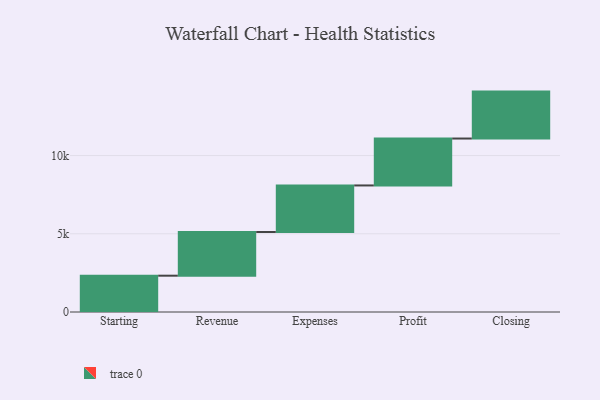
{"axis": {"x": "Step", "y": "Value"}, "legend": [""], "data": [{"x": "Starting", "y": 2321.0, "type": ""}, {"x": "Revenue", "y": 2793.0, "type": ""}, {"x": "Expenses", "y": 2976.0, "type": ""}, {"x": "Profit", "y": 3000, "type": ""}, {"x": "Closing", "y": 3000, "type": ""}]}